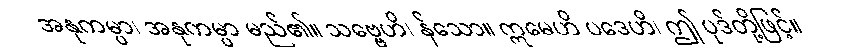
အနုကမ္ပာ၊ အနုကမ္ပာ မည်၏။ သဗ္ဗေဟိ၊ န်သော။ ဣမေဟိ ပဒေဟိ၊ ဤ ပုဒ်တို့ဖြင့်။